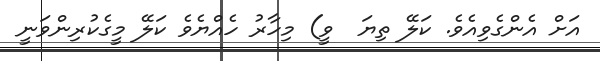
އަށް އެންގެވިއެވެ. ކަލޭ ތިޔަ  ވީ) މިހާރު ހެއްޔެވެ ކަލޭ މީގެކުރިންވަނީ